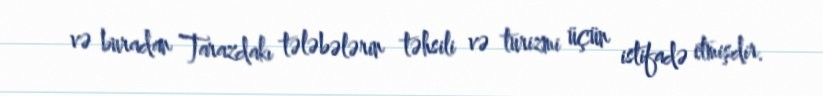
və buradan Tarazdakı tələbələrin təhsili və turizmi üçün istifadə etmişdir.